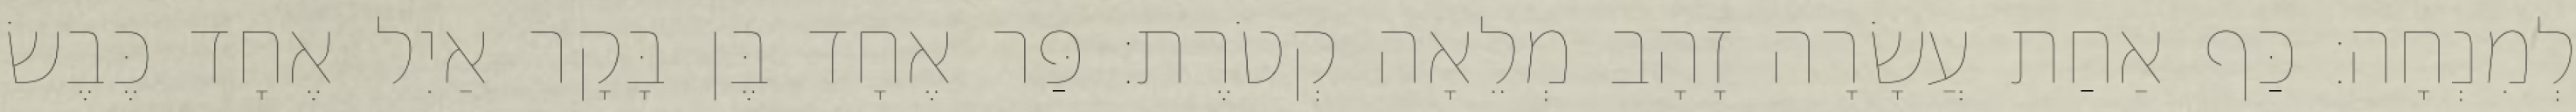
לְמִנְחָה׃ כַּף אַחַת עֲשָׂרָה זָהָב מְלֵאָה קְטֹרֶת׃ פַּר אֶחָד בֶּן בָּקָר אַיִל אֶחָד כֶּבֶשׂ